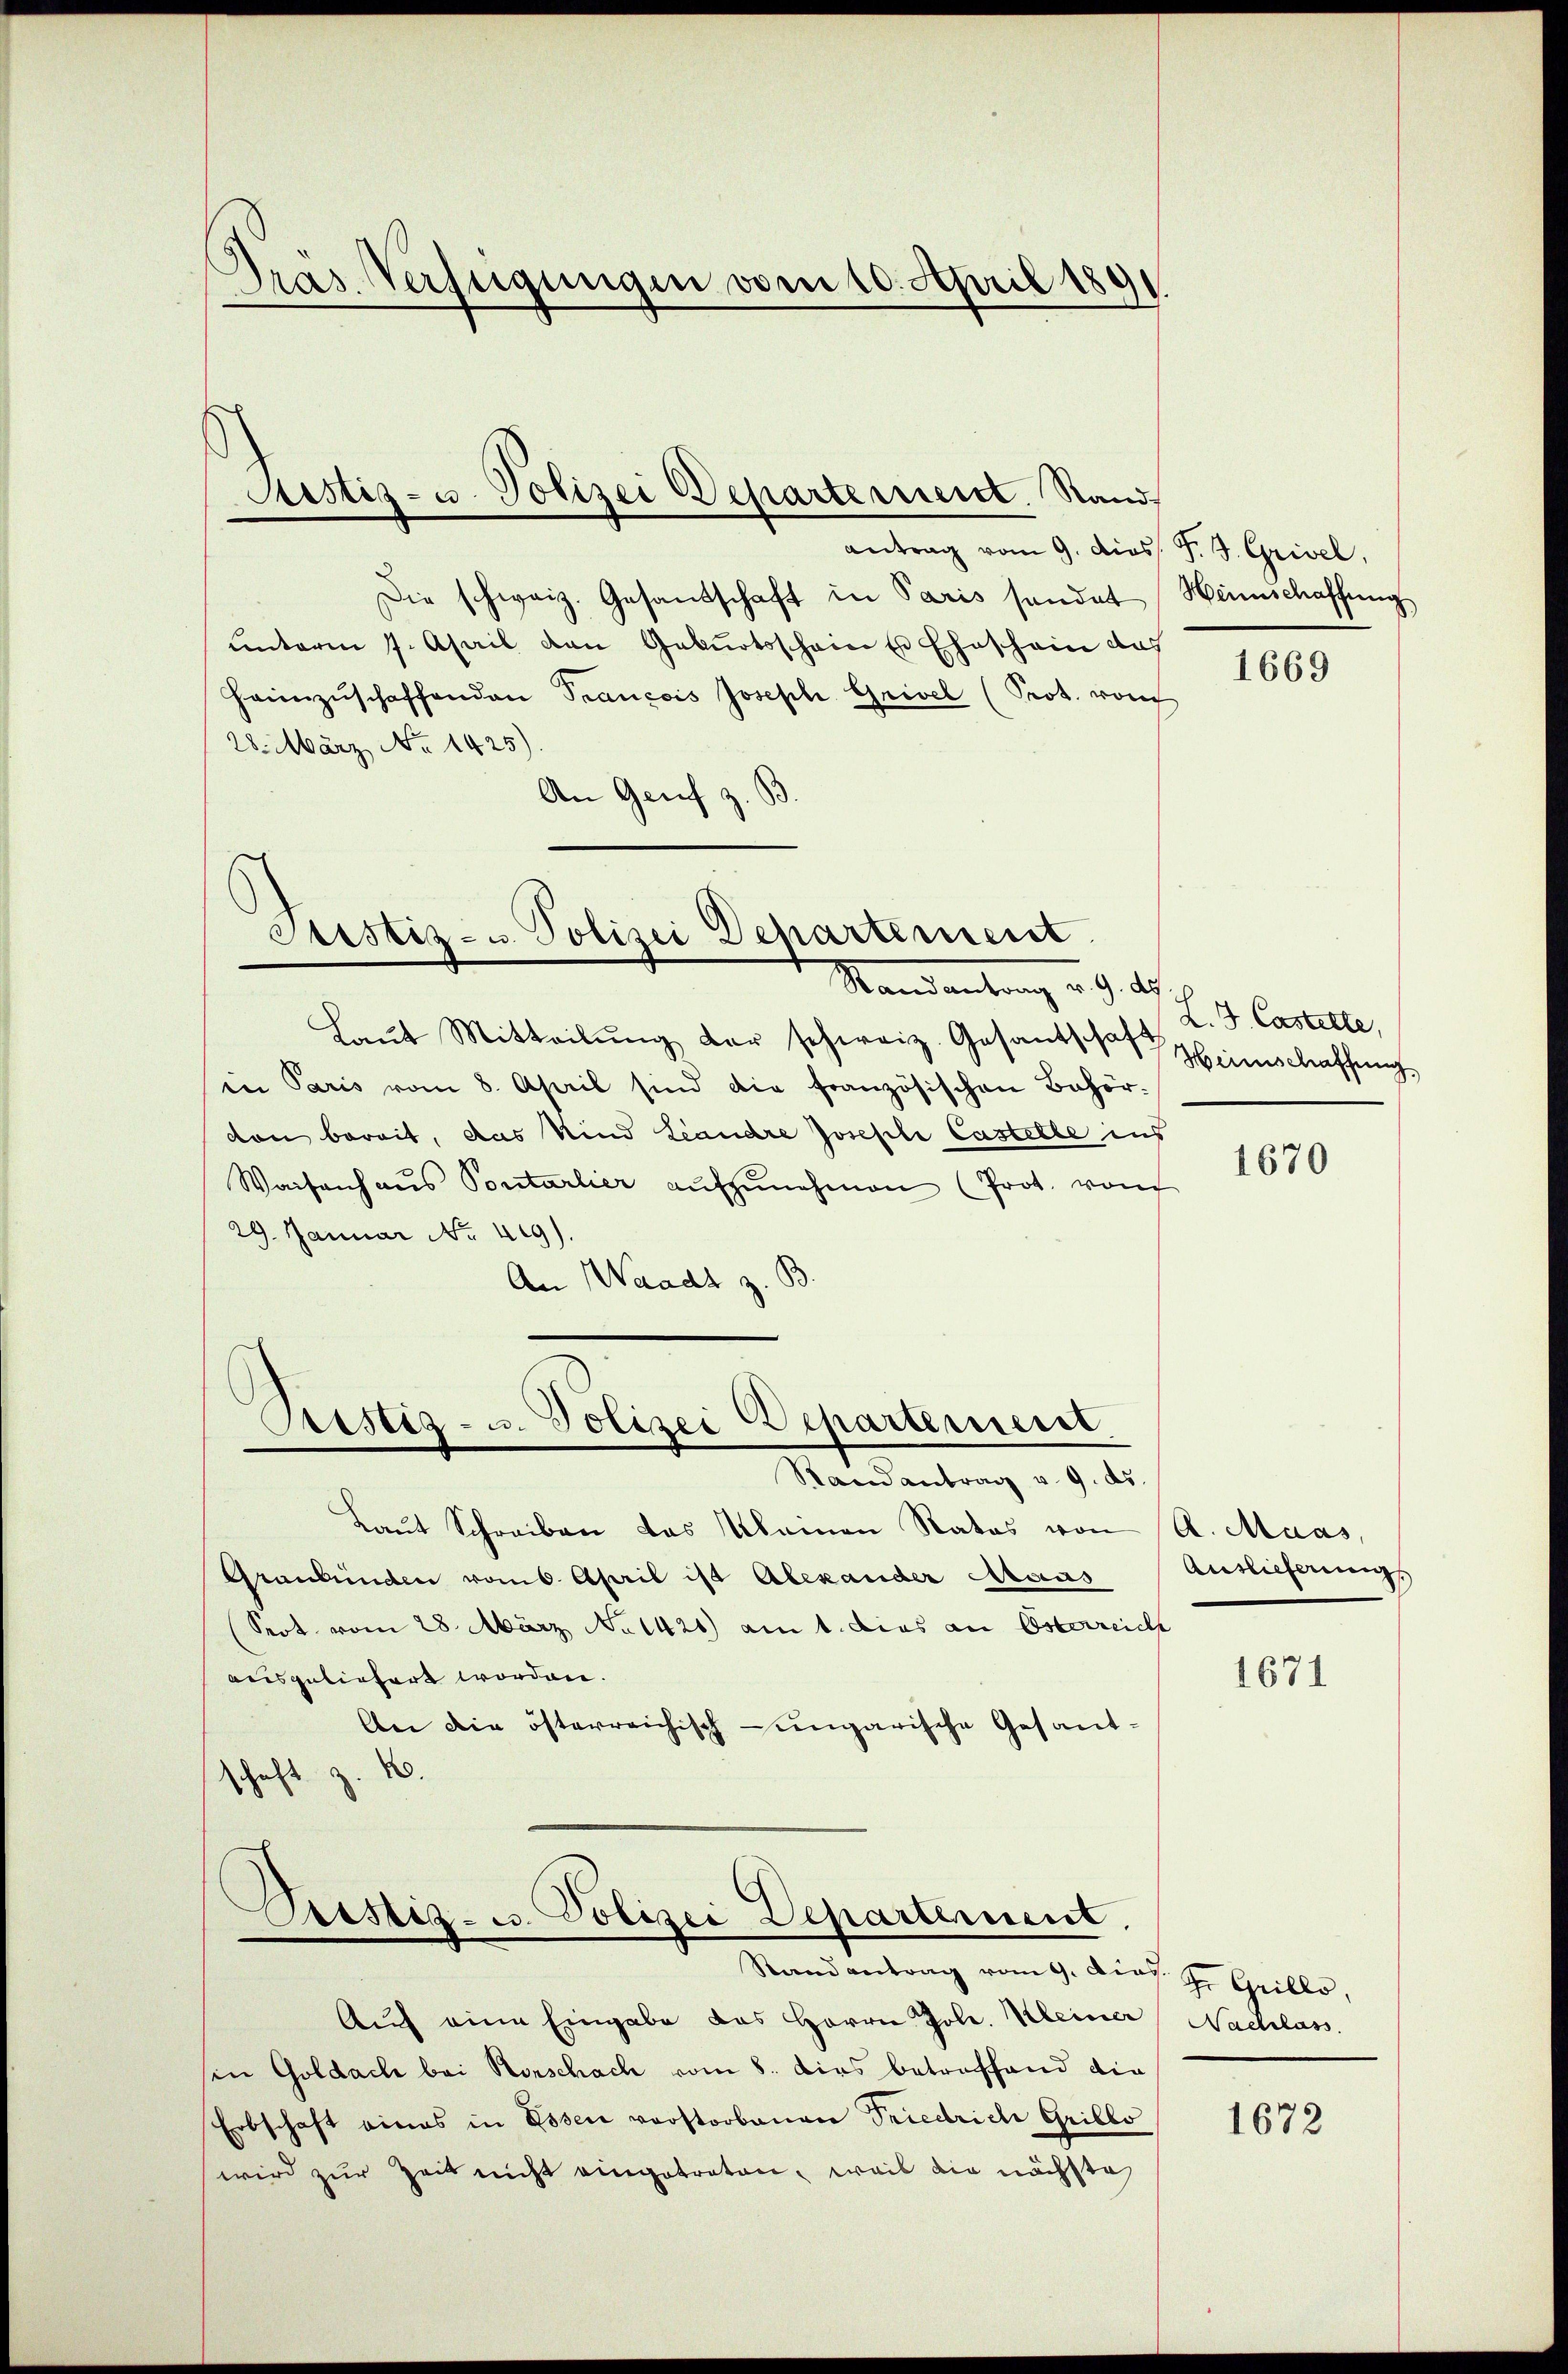
Pras Verfügungen vom 10. April 1891

antrag vom 9. dies J. J. Grivel,
Die schweiz. Gesandschaft in Paris sandat Heimschaffung
unterm 7. April den Geburtsscheiner Eheschein das
Heimzŭschaffenden Prancois Joseph Grivel (Prot. von
28. März No 1425).
An Genf z. B

Rustiz- u. Polizei Departement. Sand

Justiz- u. Polizei Departement

Pristig- u. Polizei Departement.

Pristiz- u. Polizei Departernent
Randantrag vom 9. Dies. J. Grillo,

Randantrag u. 9. ds.
Laŭt Mitteilŭng der schweiz. Gesandschaft Hinschaffung,
in Paris vom 8. April sind die französischen Behör-
con bereit, das Kind Landre Joseph Castelle ins
Waisenhaŭs Pontarlier aŭfzŭnehmen (Prot. von
29. Januar No. 419).
An Waadt z. B
Maun entrag v. 9. d.
Laut Schreiben das kamen Rates von A. Maas,
Graubünden vom 6. April ist Alexander Araus
(Seot vom 28. März No 1420) am 1. dies an Osterreich
aeisgeliefert worden.
An die österreichisch-ungarische Gesandschaft z. B.

Aŭf eine Eingabe das Herrn Jole. Kleiner Nachlass
sen Goldach bei Horschach vom 8. dies betreffend die
Erbschaft eines in Essen vorstorbenen Friedrich Grillo
wird zur Zeit nicht eingetreten, weil die nächste

1669

L. J. Castelle,

1670

Auslieferungs

1671

1672